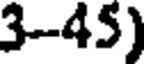
3-45)